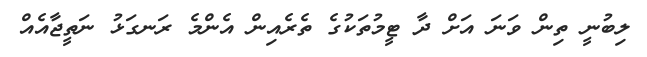
ލިބުނީ ތިން ވަނަ އަށް ދާ ޓީމުތަކުގެ ތެރެއިން އެންމެ ރަނގަޅު ނަތީޖާއެއް